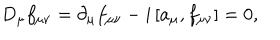
D _ { \mu } f _ { \mu \nu } = \partial _ { \mu } f _ { \mu \nu } - i \left[ a _ { \mu } , f _ { \mu \nu } \right] = 0 ,